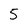
Character: 5